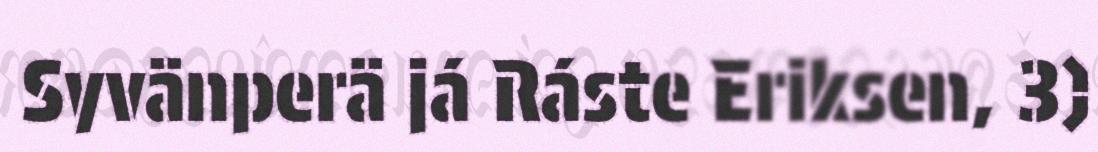
Syvänperä já Ráste Eriksen, 3)